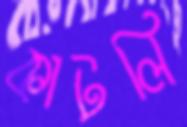
কাটলি